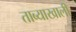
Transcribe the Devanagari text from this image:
ताब्याखाली